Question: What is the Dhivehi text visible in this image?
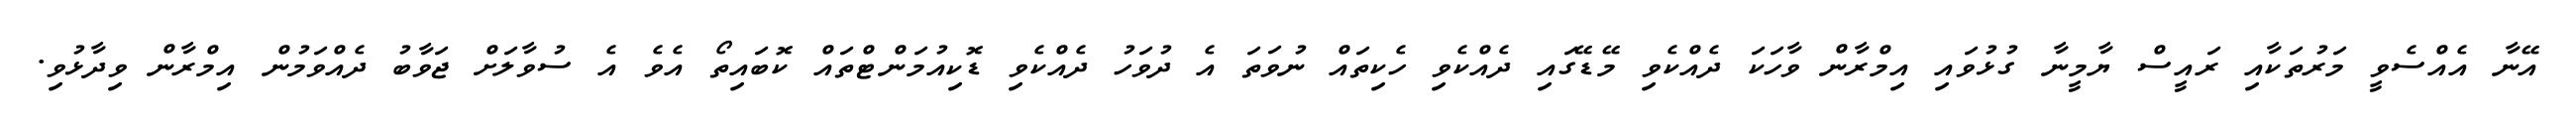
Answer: އޭނާ އެއްސެވީ މަރުތަކާއި ރައީސް ޔާމީނާ ގުޅުވައި އިމްރާން ވާހަކަ ދެއްކެވި މޭޑޭގައި ދެއްކެވި ހެކިތައް ނުވަތަ އެ ދުވަހު ދެއްކެވި ޑޮކިއުމަންޓްތައް ކޮބައިތޯ އެވެ އެ ސުވާލަށް ޖަވާބު ދެއްވަމުން އިމްރާން ވިދާޅުވި.